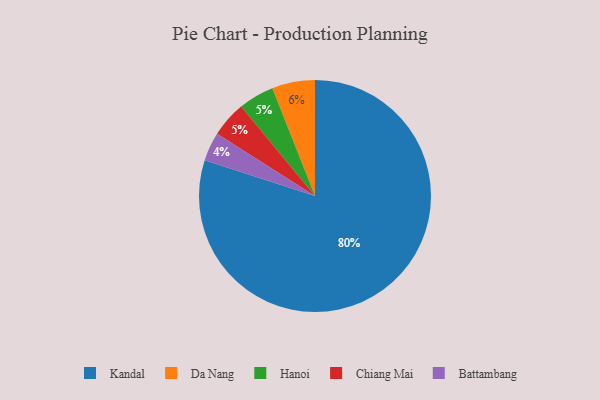
{"axis": {"x": "Category", "y": "Percentage"}, "legend": ["Battambang", "Chiang Mai", "Da Nang", "Hanoi", "Kandal"], "data": [{"x": "Kandal", "y": 80, "type": "Kandal"}, {"x": "Hanoi", "y": 5, "type": "Hanoi"}, {"x": "Battambang", "y": 4, "type": "Battambang"}, {"x": "Da Nang", "y": 6, "type": "Da Nang"}, {"x": "Chiang Mai", "y": 5, "type": "Chiang Mai"}]}